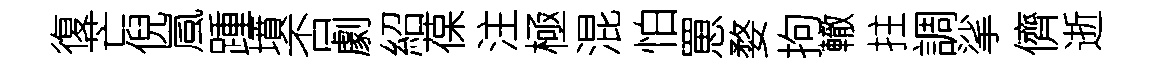
復芒倪嵐踵墳否劇紹葆注極混怕罳婺拘轍拄調挲儕逝